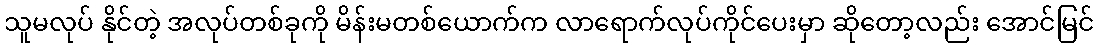
သူမလုပ် နိုင်တဲ့ အလုပ်တစ်ခုကို မိန်းမတစ်ယောက်က လာရောက်လုပ်ကိုင်ပေးမှာ ဆိုတော့လည်း အောင်မြင်